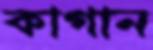
কাগান